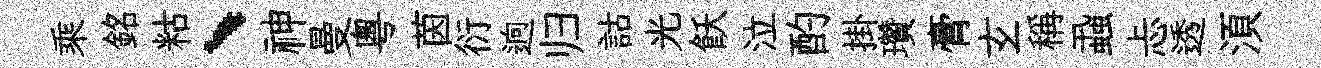
乘銘䊀、神曼粤茵衍逈归詁光飫泣酌掛瓚膏𤣥稱蝨忐透湏